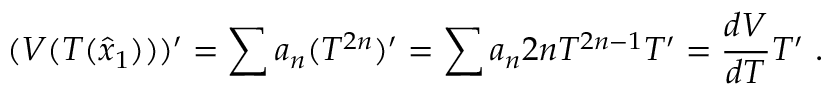
( V ( T ( \hat { x } _ { 1 } ) ) ) ^ { \prime } = \sum a _ { n } ( T ^ { 2 n } ) ^ { \prime } = \sum a _ { n } 2 n T ^ { 2 n - 1 } T ^ { \prime } = \frac { d V } { d T } T ^ { \prime } \ .